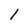
Character: l